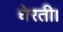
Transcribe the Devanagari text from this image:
घेरती।